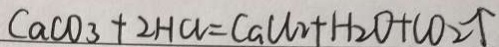
C a C O _ { 3 } + 2 H C l = C a C l _ { 2 } + H _ { 2 } O + C O _ { 2 } \uparrow